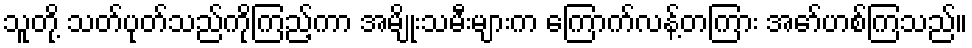
သူတို့ သတ်ပုတ်သည်ကိုကြည့်ကာ အမျိုးသမီးများက ကြောက်လန့်တကြား အော်ဟစ်ကြသည်။